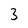
Character: 3